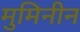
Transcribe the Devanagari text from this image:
मुमिनीन